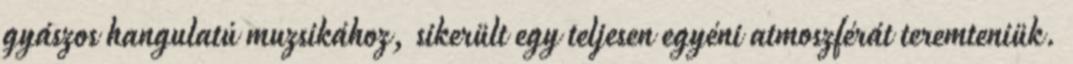
gyászos hangulatú muzsikához, sikerült egy teljesen egyéni atmoszférát teremteniük.